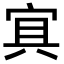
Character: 𡨋